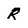
Character: R